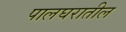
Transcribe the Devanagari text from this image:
पालघरातील